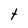
Character: t